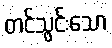
တင်သွင်းသော